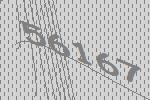
56167